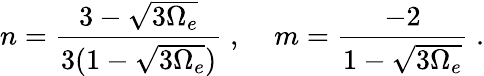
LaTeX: n=\frac{3-\sqrt{3\Omega_{e}}}{3(1-\sqrt{3\Omega_{e}})}\; ,\; \; \; \; m=\frac{-2}{1-\sqrt{3\Omega_{e}}}\; .